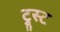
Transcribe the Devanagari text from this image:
ट्रूस्ट